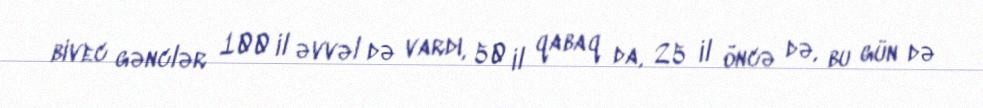
bivec gənclər 100 il əvvəl də vardı, 50 il qabaq da, 25 il öncə də, bu gün də